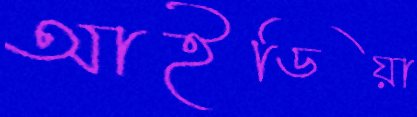
আইডিয়া